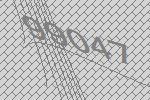
99047